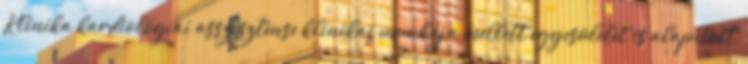
Klinika kardiológiai asszisztense klinikai munkája mellett egyesületet is alapított,